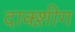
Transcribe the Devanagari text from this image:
दाक्श़ीग